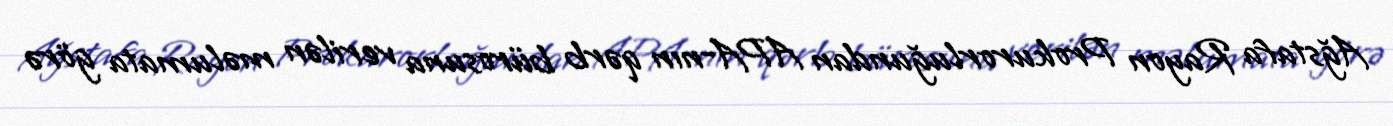
Ağstafa Rayon Prokurorluğundan APA-nın qərb bürosuna verilən məlumata görə